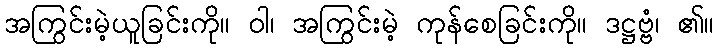
အကြွင်းမဲ့ယူခြင်းကို။ ဝါ၊ အကြွင်းမဲ့ ကုန်စေခြင်းကို။ ဒဋ္ဌဗ္ဗံ၊ ၏။